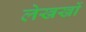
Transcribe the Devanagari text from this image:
लेखखों